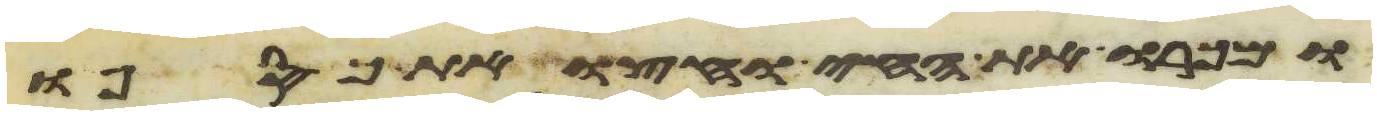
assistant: ומכרו את החי וחצו את כספו